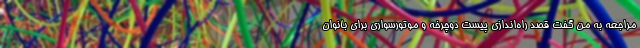
مراجعه به من گفت قصد راه‌اندازی پیست دوچرخه و موتورسواری برای بانوان